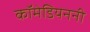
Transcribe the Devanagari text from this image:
कॉमेडियननी